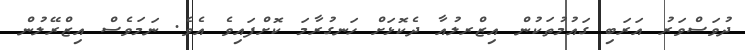
ދުވަސްވަރު އަރަބި ގައުމުތަކުން އިޒްރލުއާ ދެކޮޅަށް ހަނގުރާމަ ކޮށްފައިވެ އެވެ. ނަމަވެސް އިޒްރޭލުން